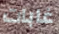
غابات